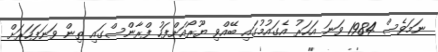
ނަމަވެސް 1984 ވަނަ އަހަރު އެގައުމުގައި ބޭއްވި ޔޫރޯއަށްފަހު ފްރާންސްގައި ތިން ވަނަފަހަރަށް